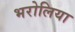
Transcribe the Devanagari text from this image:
भरोलिया